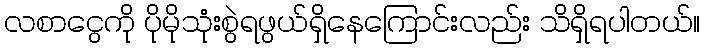
လစာငွေကို ပိုမိုသုံးစွဲရဖွယ်ရှိနေကြောင်းလည်း သိရှိရပါတယ်။